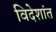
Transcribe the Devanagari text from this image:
विदेशांत